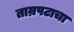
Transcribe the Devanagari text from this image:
ताम्रपटाचा